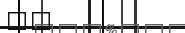
٦٤